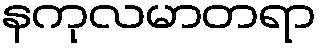
နကုလမာတရာ